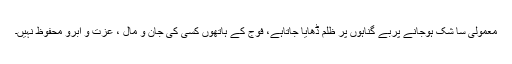
معمولی سا شک ہوجانے پربے گناہوں پر ظلم ڈھایا جاتاہے، فوج کے ہاتھوں کسی کی جان و مال ، عزت و آبرو محفوظ نہیں۔